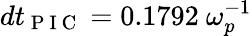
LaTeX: dt_{\mathrm{~P~I~C~}}=0.1792~\omega_{p}^{-1}